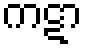
ကဋာ